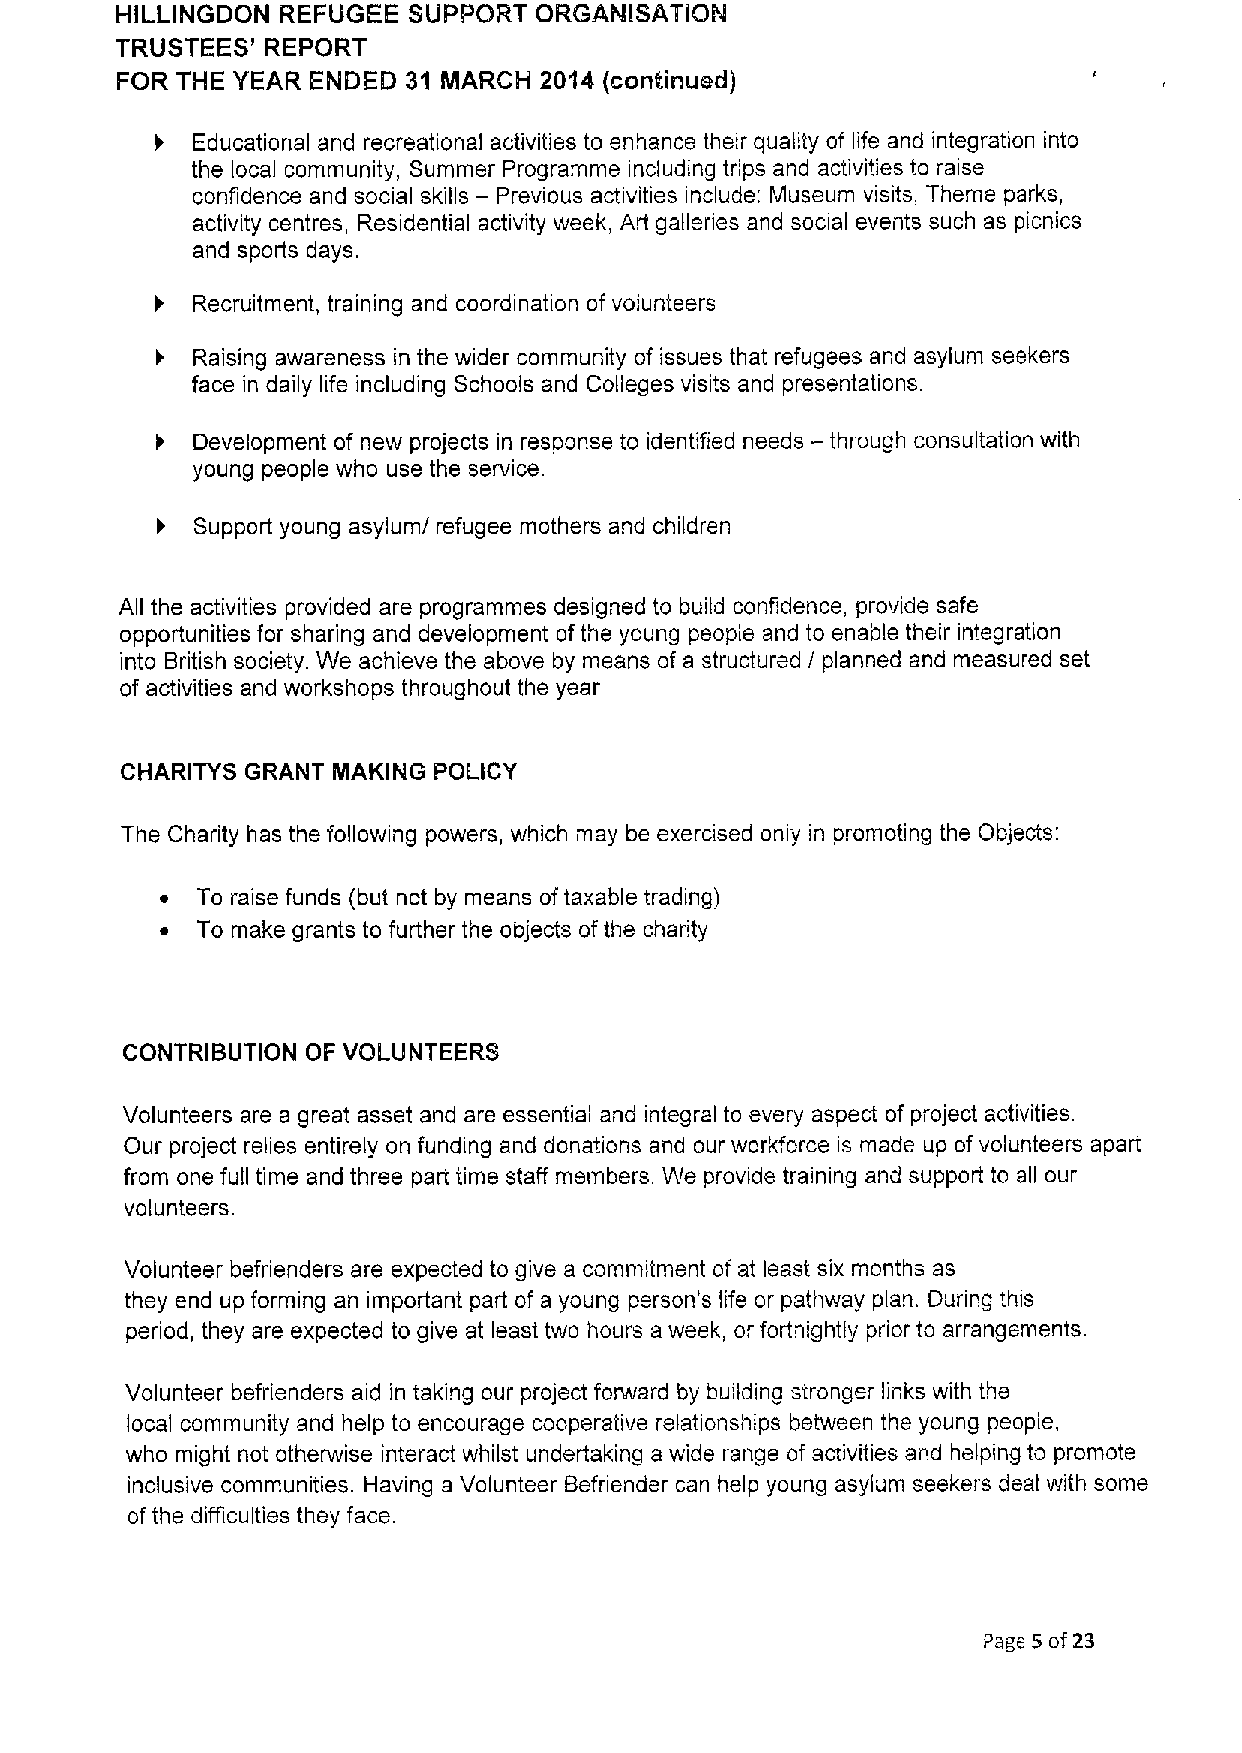
HILLINGDON REFUGEE SUPPORT ORGANISATION
 TRUSTEES' REPORT
 FOR THE YEAR ENDElD 31 MARCIHI 2014 (conitinued)
 Educational and recreational activities to enhance their quality of life and integration into
 the local community, Summer Programme including trips and activities to raise
 confidence and social skills — Previous activities include: Museum visits, Theme parks,
 activity centres, Residential activity week, Art galleries and social events such as picnics
 and sports days.
 Recruitment, training and coordination of volunteers
 Raising awareness in the wider community of issues that refugees and asylum seekers
 face in daily life including Schools and Colleges visits and presentations.
 —
 Development of new projects in response to identified needs through consultation with
 young people who use the service.
 Support young asylum/ refugee mothers and children
 All the activities provided are programmes designed to build confidence, provide safe
 opportunities for sharing and development ofthe young people and to enable their integration
 into British society. We achieve the above by means of a structured / planned and measured set
 of activities and workshops throughout the year
 CHARITYS GRANT INAKING POLICY
 The Charity has the following powers, which may be exercised only in promoting the Objects:
 ~ To raise funds (but not by means oftaxable trading)
 ~ To make grants to further the objects ofthe charity
 CONTRIBUTION OF VOlLUNTEERS
 Volunteers are a great asset and are essential and integral to every aspect of project activities.
 Our project relies entirely on funding and donations and our workforce is made up of volunteers apart
 from one full time and three pan time staff members. We provide training and support to all our
 volunteers.
 Volunteer befrienders are expected to give a commitment of at least six months as
 they end up forming an important part of a young person's life or pathway plan. During this
 period, they are expected to give at least two hours a week, or fortnightly prior to arrangements.
 Volunteer befrienders aid in taking our project forward by building stronger links with the
 local community and help to encourage cooperative relationships between the young people,
 who might not otherwise interact whilst undertaking a wide range of activities and helping to promote
 inclusive communities. Having a Volunteer Befriender can help young asylum seekers deal with some
 of the difficulties they face.
 Page 5 of23